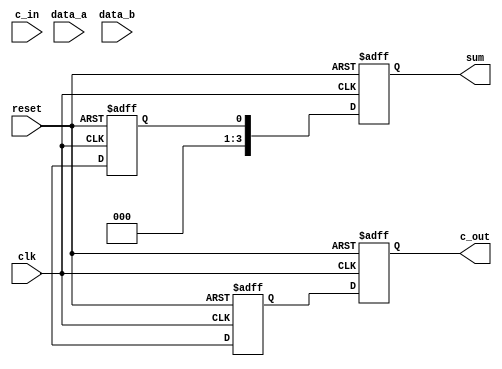
module adder_task (c_out, sum, c_in, data_a, data_b, clk, reset,);
  output 		[3: 0] 	sum;
  output			c_out;
  input 		[3: 0] 	data_a, data_b;
  input 			clk, reset;
  input			c_in;
  
  reg			sum;
  reg			c_out;

  always @  (posedge clk or posedge reset)
    if (reset) 	{c_out, sum} <= 0; else 
    add_values (c_out, sum, data_a, data_b, c_in);

  task add_values;
    output	[3: 0] 	sum;
    output		c_out;
    input 		[3: 0] 	data_a, data_b;
    input 			c_in;
 
    begin
      {c_out, sum} <= data_a + (data_b + c_in);
    end
  endtask
endmodule